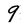
Character: 9